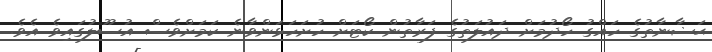
ޙަޟާނާތުގެ ހައްގު ހޯދުމަށް ދައުލަތުގެ ފަރާތުން ކޯޓަށް ހުށަހަޅަންވާނެ ކަމަށްވެސް އުސޫލުގައިވެ އެވެ.